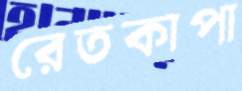
রেতকাপা